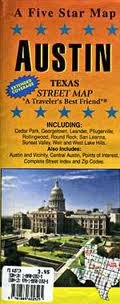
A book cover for Austin, TX; Five Star Maps; Travel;